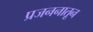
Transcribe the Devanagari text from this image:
प्रजननातून